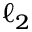
\ell _ { 2 }